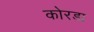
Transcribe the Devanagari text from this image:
कोरड्य